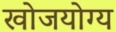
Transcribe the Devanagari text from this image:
खोजयोग्य